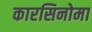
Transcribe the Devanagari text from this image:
कारसिनोमा